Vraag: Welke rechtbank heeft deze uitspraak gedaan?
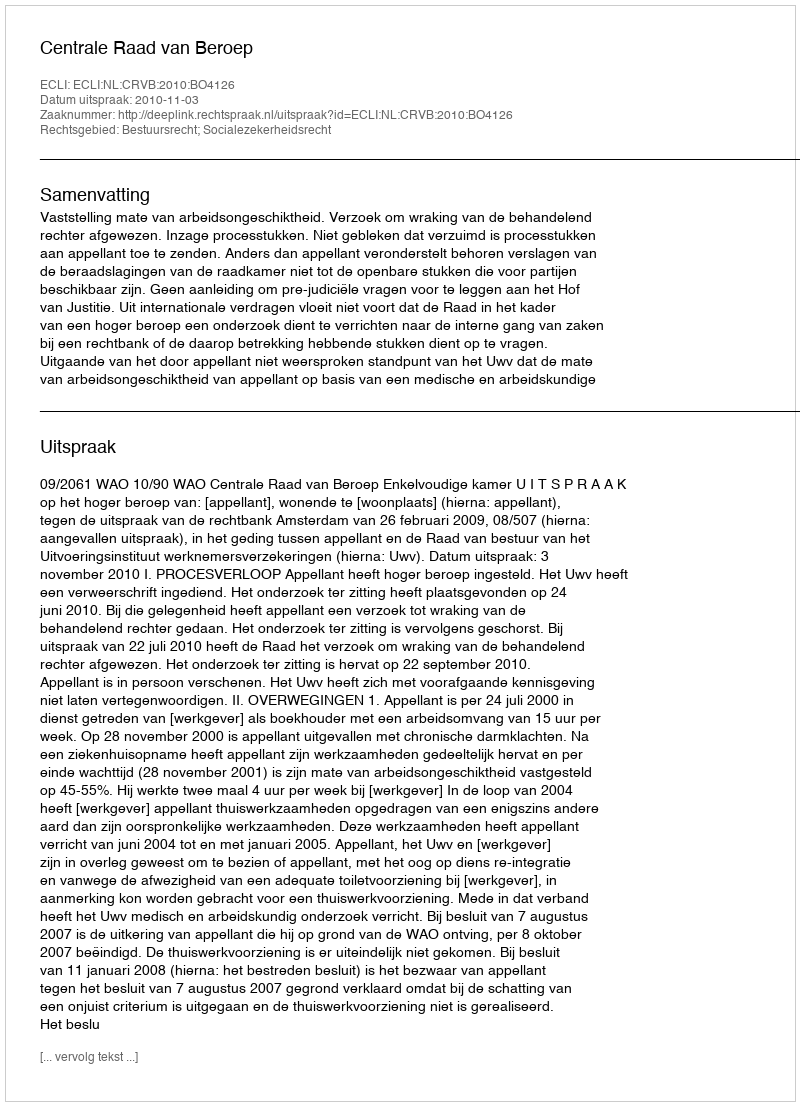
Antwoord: Centrale Raad van Beroep